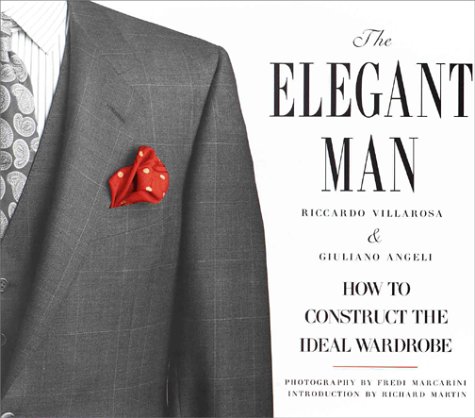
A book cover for The Elegant Man: How to Construct the Ideal Wardrobe; Riccardo Villarosa; Health, Fitness & Dieting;